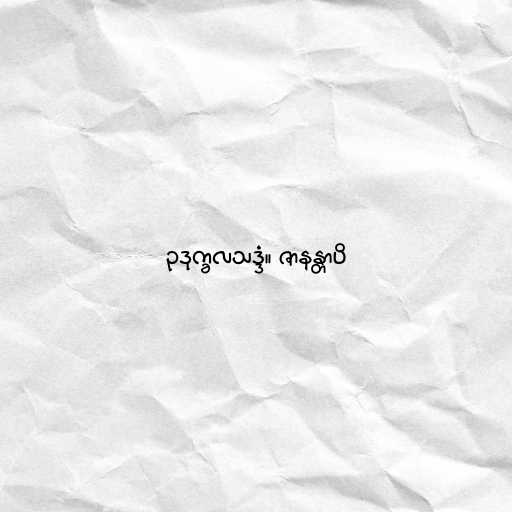
ဥဒုက္ခလသဒ္ဒံ။ ဇာနန္တာပိ